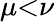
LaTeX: \mu{<}\nu